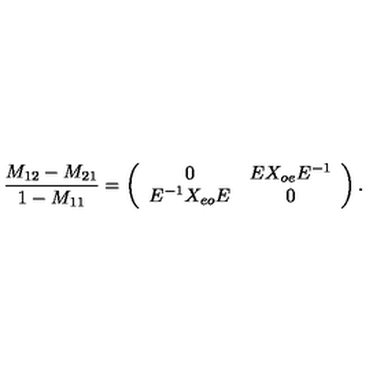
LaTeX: { \frac { M _ { 1 2 } - M _ { 2 1 } } { 1 - M _ { 1 1 } } } = \left( \begin{array} { c c } { 0 } & { E X _ { o e } E ^ { - 1 } } \\ { E ^ { - 1 } X _ { e o } E } & { 0 } \\ \end{array} \right) .